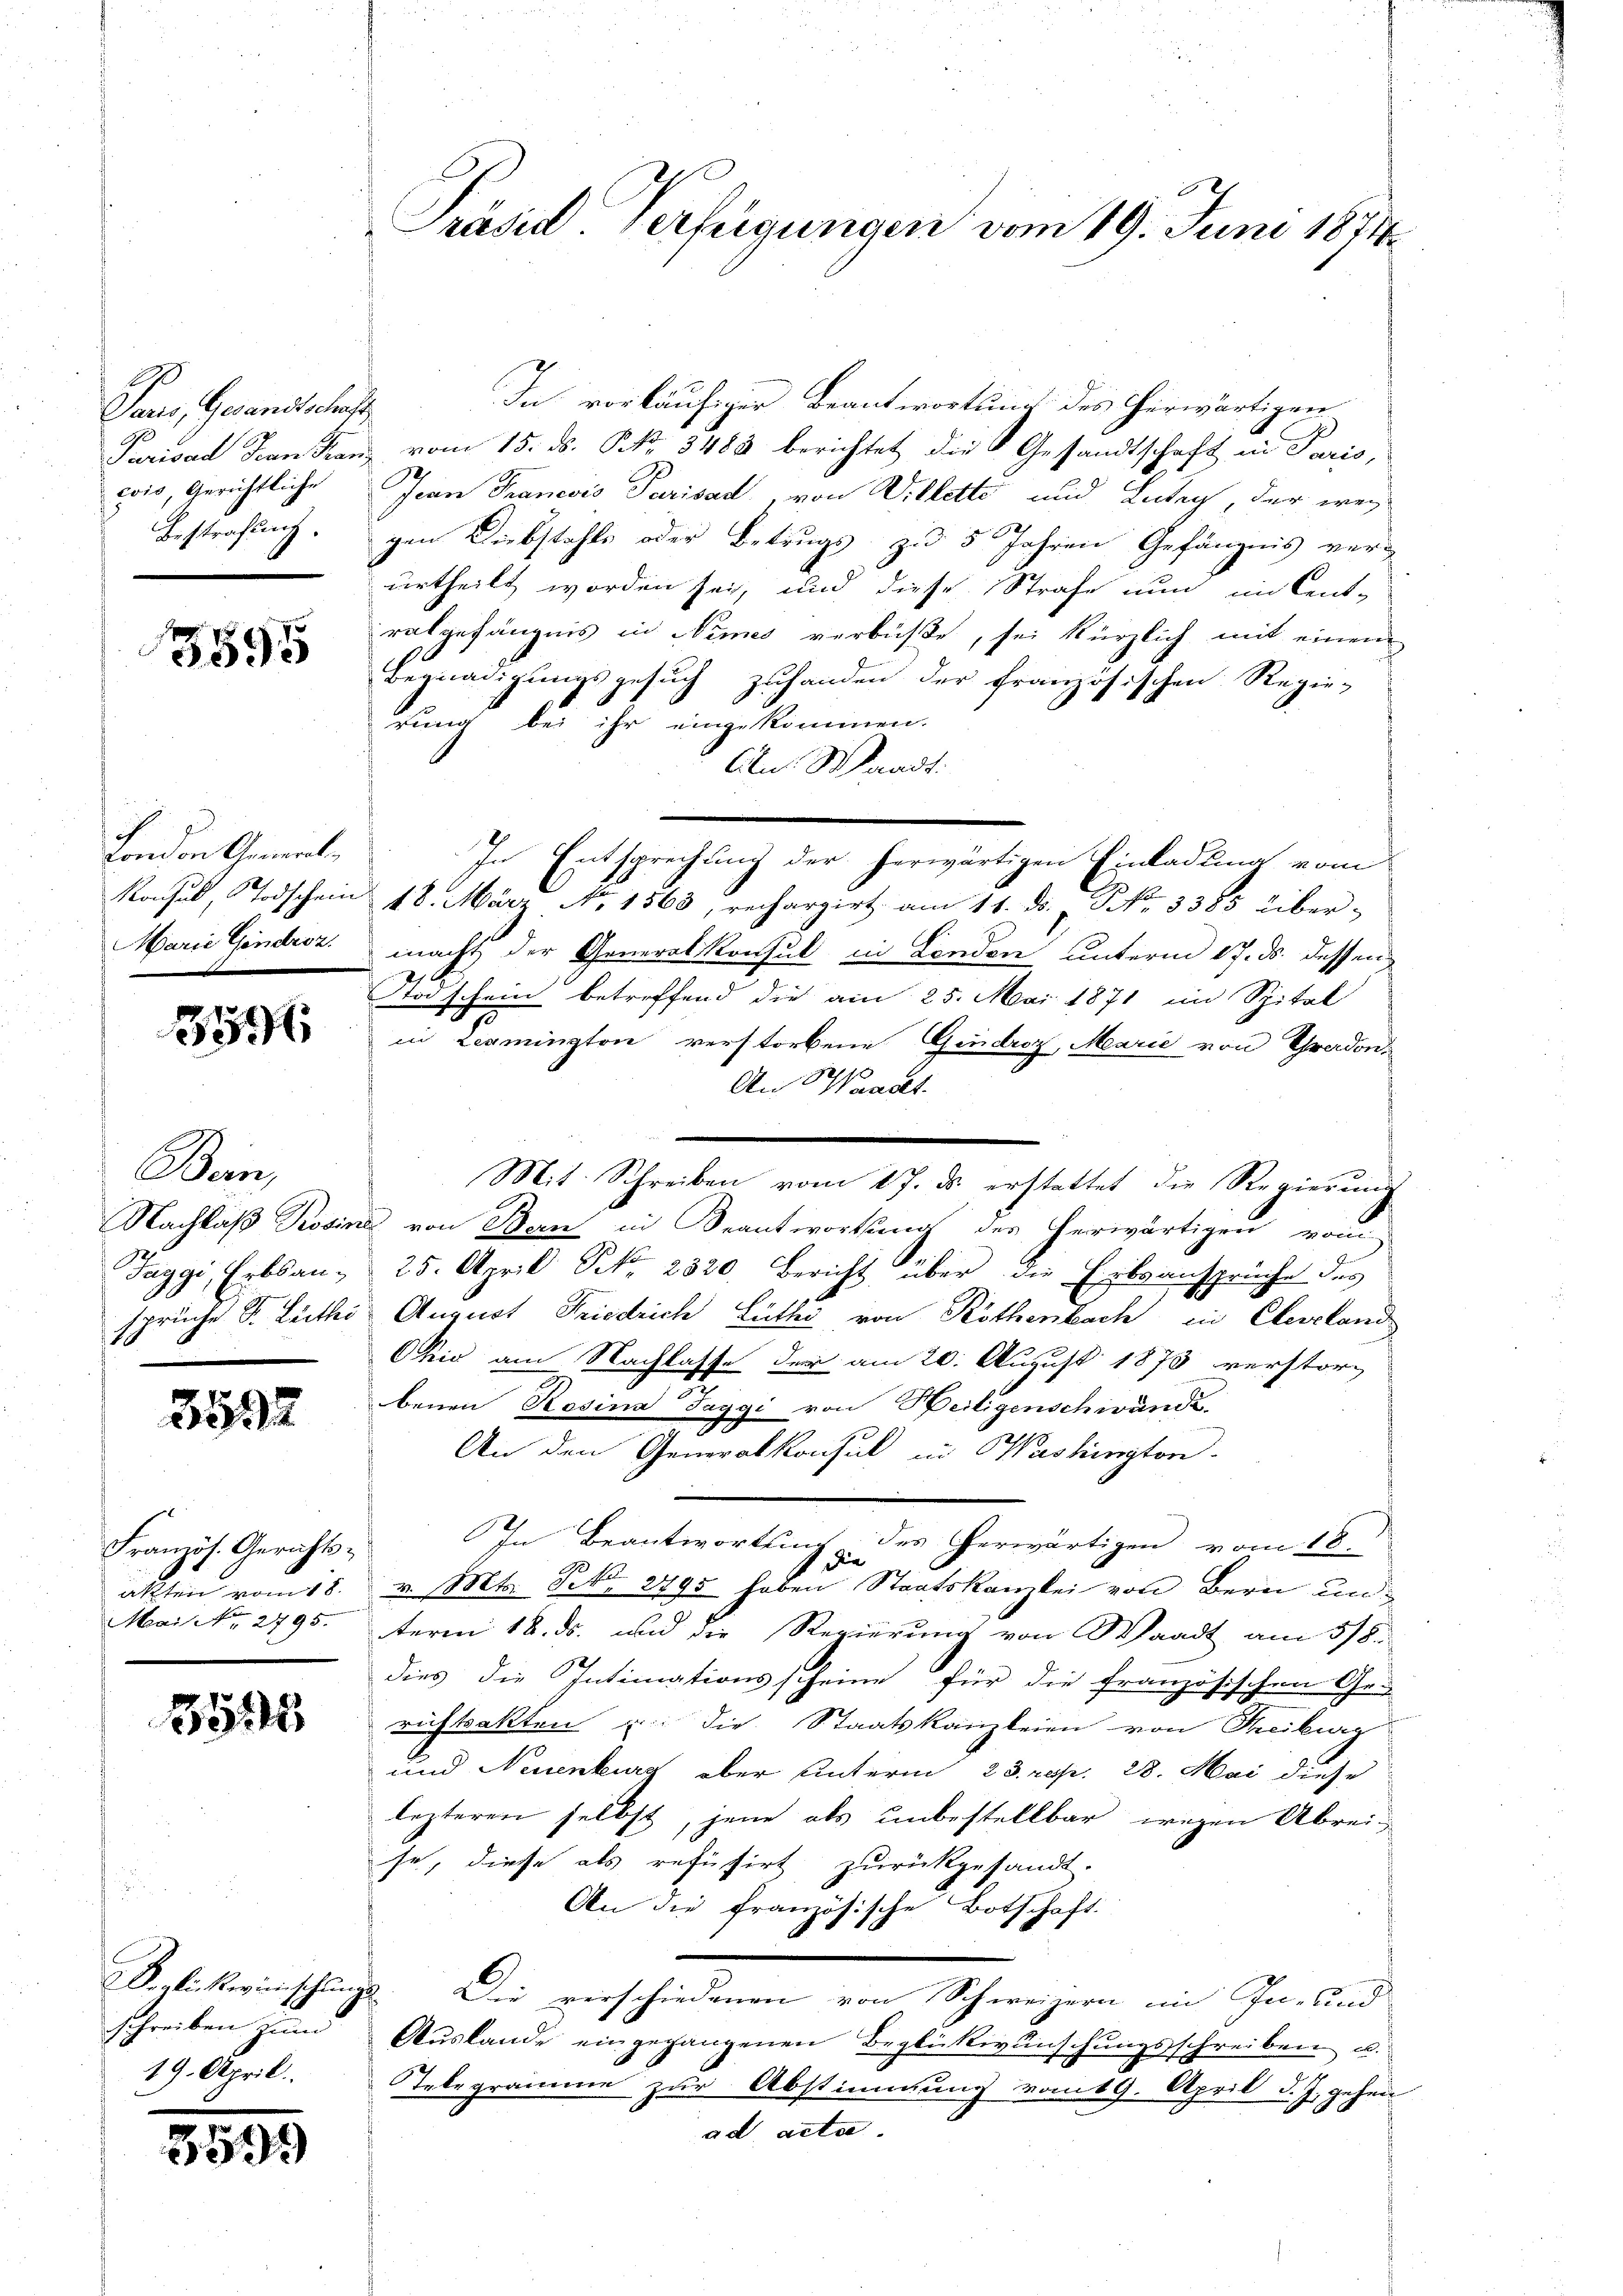
Paur, Gesandtschaft
cois, Gerichtliche
Bestrafung.

3595

London Gemei
Marie Gendroz.

3596

Bern,

3592

Französ. Gerichts¬
Mai No 2795.

3535

schreiben zum
19. April.

351)

Präsid. Verfügungen vom 19. Juni 1874.

In vorläufiger Beantwortung des erwärtigen
Privat San Franz vom 15. ds. No. 3483 berichtet die Gesandtschaft in Paris,
Jean Francois Parisau, von Willette und Luteg, der weg
gen Diebstahls oder Betrugs zu 5 Jahren Gefängnis verg
urtheilt worden sei, und diese Strafe nun in Cent-
ratgefängnis in Wimes verbüße, sei kürzlich mit einem
Begnadigungsgesuch zuhanden der französischen Regie-
drung bei ihr eingekommen.
Abn Waadt.
In Entsprechung der herwärtigen Einladung vom
Konsul, Todschein 18. M. No 1563, rechargirt am 11. ds. S. 3385 über-
macht der Generalkonsul in London unterm 17. ds. dessen
Todschein betreffend die am 25. Mai 1871 im Spital
in Lermington verstorbene Gendroz, Marie von Tradon
An Waadt.
Mit Schreiben vom 17. ds. erstattet die Regierung
Nachlaß Rosine von Bern in Beantwortung des herwärtigen vom
Taggi, Erbsan- 25. April Frk. 2320. Bericht über die Erbsansprüche des
sprüche S. Leiths August Friedrich Lüthy von Köthenbach in Cleveland
Ohio am Nachlasse der am 20. August 1873 verstorz
benen Rosina Taggi von Heiligenschwandt.
An den Generalkonsul in Washington.
In Beantwortung des herwärtigen vom 18.
1
akten vom 18. v. Mts. Frk. 2795 haben Staatskanzlei von Bern unterm 18. ds. und die Regierung von Waadt am 5/8.
dies die Intimationsscheine für die französischen Ge-
richtsakten u. die Staatskanzleien von Treiburg
und Neuenburg aber unterm 23. resp. 28. Mai diese
lezteren selbst, jene als unbestellbar wegen Abrei-
se, diese als refüsirt zurückgesandt.
An die französische Botschaft.
Seglückwünschungs. Die verschiedenen von Schweizern im In- und
Aŭslande eingegangenen Beglückwünschungsschreiben u.
Telegramme zur Abstimmung vom 19. April d. J. gehen
ad acta.